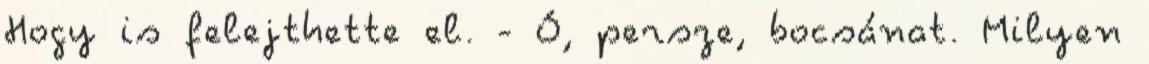
Hogy is felejthette el. - Ó, persze, bocsánat. Milyen